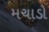
મચાડો